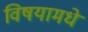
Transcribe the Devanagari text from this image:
विषयामधे